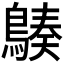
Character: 𪃆